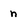
Character: n